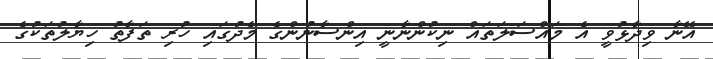
އޭނާ ވިދާޅުވީ އެ މައްސަލަތައް ނިކުންނާނީ އިންސާނުންގެ މެދުގައި ހުރި ތަފާތު ހިޔާލުތަކުގެ